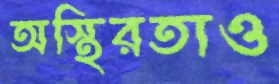
অস্থিরতাও